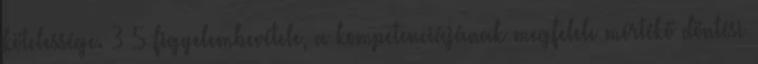
kötelessége. 3 5 figyelembevétele, a kompetenciájának megfelelı mértékő döntési